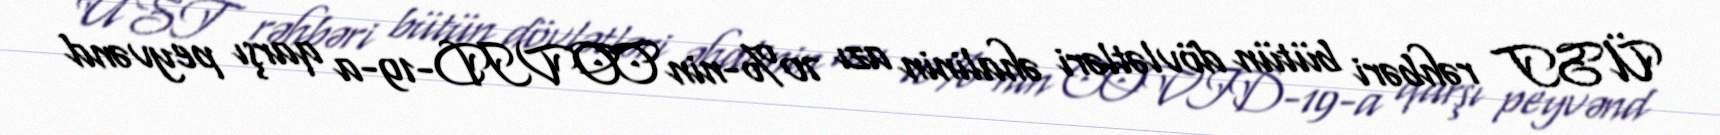
ÜST rəhbəri bütün dövlətləri əhalinin azı 70%-nin COVID-19-a qarşı peyvənd